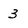
Character: 3